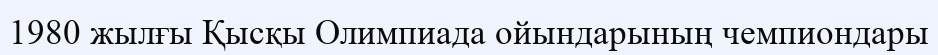
1980 жылғы Қысқы Олимпиада ойындарының чемпиондары